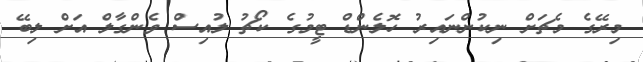
މިރޭގެ މެޗަށް ނިކުންނައިރު ހޮލެންޑް ޓީމުގެ ކޯޗު ލުއިސް ވެންގާލް އަށް ލިބޭ